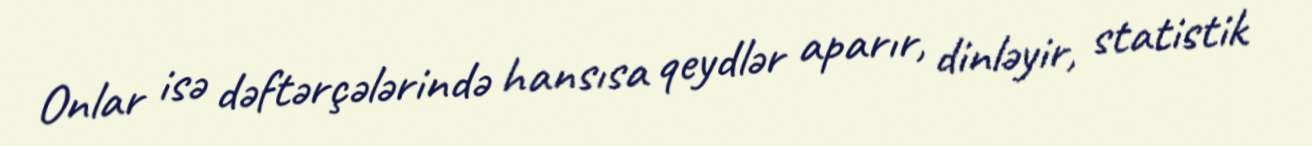
Onlar isə dəftərçələrində hansısa qeydlər aparır, dinləyir, statistik